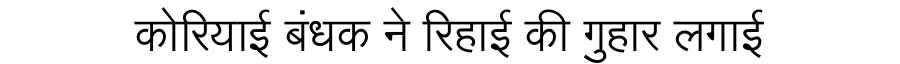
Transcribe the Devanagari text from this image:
कोरियाई बंधक ने रिहाई की गुहार लगाई